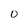
Character: O